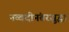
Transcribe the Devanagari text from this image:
नव्वदीनंतरसुद्धा